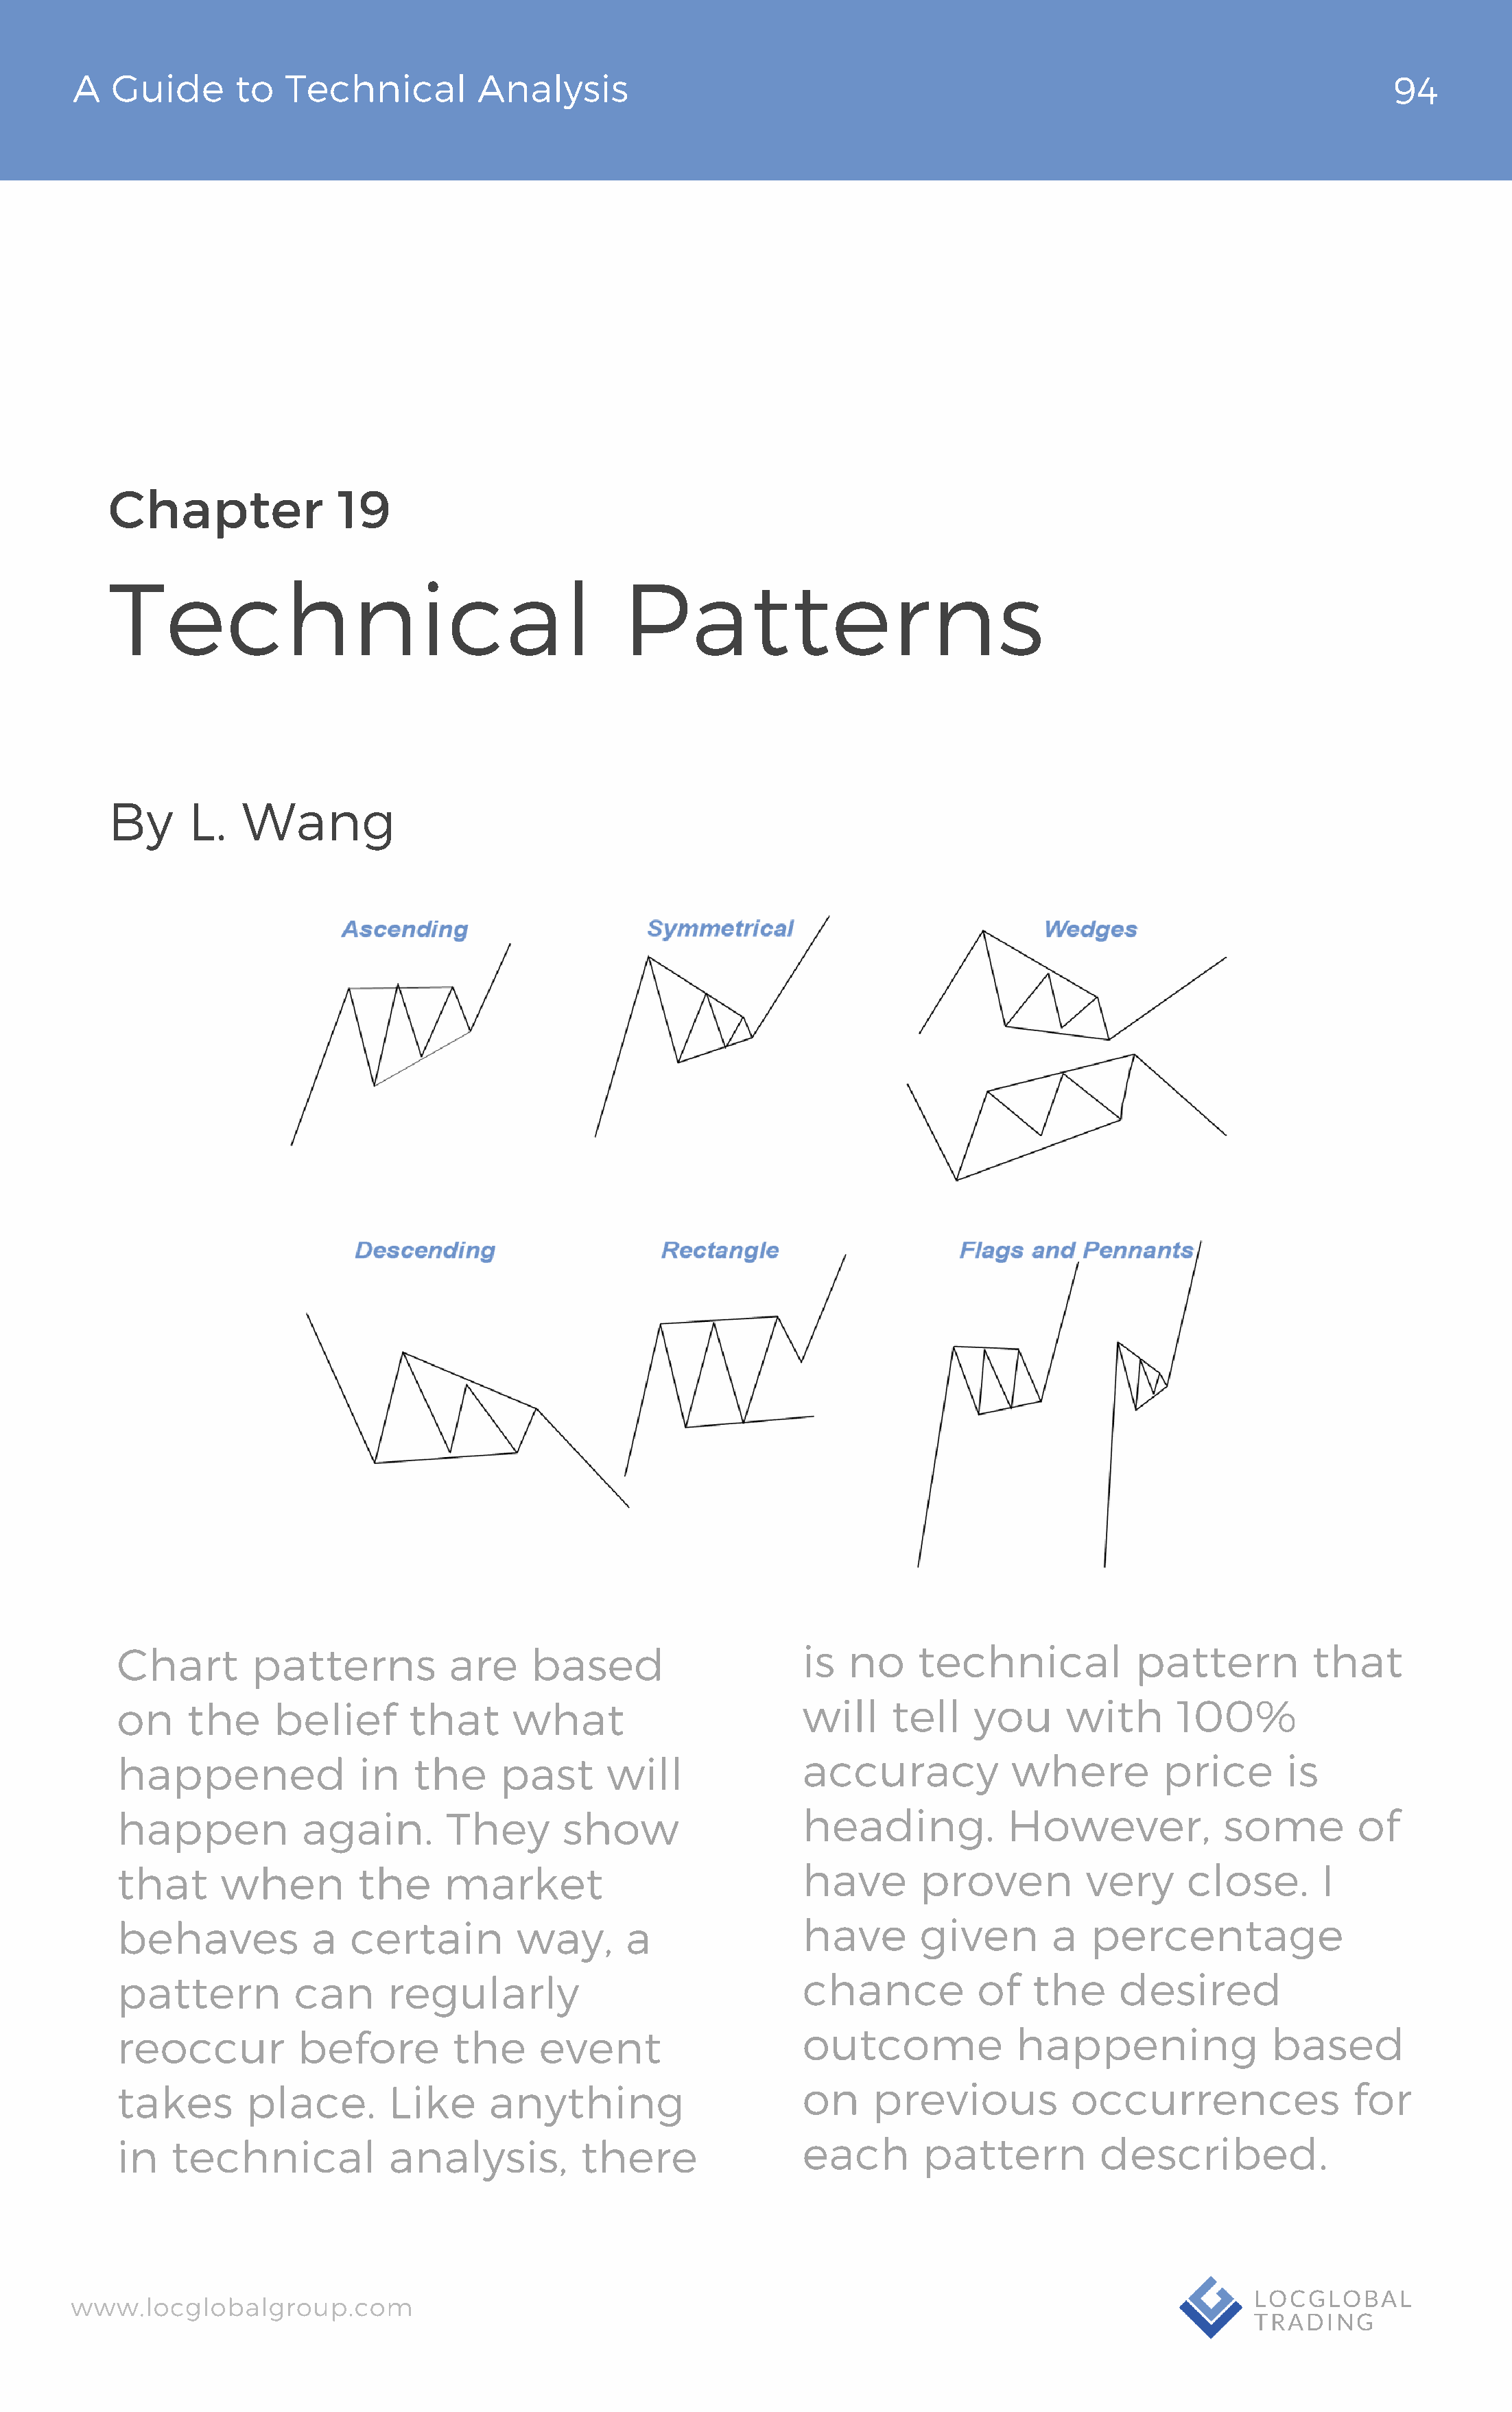
A   Guide       to  Technical          Analysis                                                                                94
 Chapter                19
 Technical                                         Patterns
 By      L.   Wang
 Chart        patterns           are     based                     is   no     technical            pattern          that
 on     the     belief       that      what                        will     tell    you      with       100%
 happened                in   the     past       will              accuracy             where         price       is
 happen            again.        They       show                   heading.            However,             some         of
 that      when         the      market                            have        proven          very     close.       I
 behaves            a   certain         way,      a                have        given       a   percentage
 pattern          can      regularly                               chance           of    the     desired
 reoccur           before         the     event                    outcome              happening                based
 takes        place.       Like      anything                      on     previous           occurrences                for
 in    technical           analysis,          there                each        pattern          described.
 www.locglobalgroup.com                                                                                            LOCGLOBAL
 TRADING